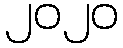
၂၀၂၀